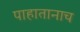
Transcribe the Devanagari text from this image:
पाहातानाच